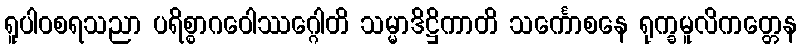
ရူပါဝစရသညာ ပရိစ္စာဂဝေါဿဂ္ဂေါတိ သမ္မာဒိဋ္ဌိကာတိ သင်္ကောစနေ ရုက္ခမူလိကတ္တေန